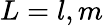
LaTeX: L=l,m